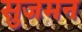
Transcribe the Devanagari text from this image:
सुजमन